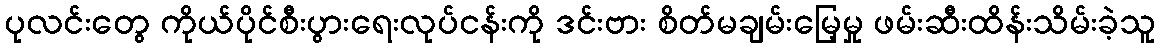
ပုလင်းတွေ ကိုယ်ပိုင်စီးပွားရေးလုပ်ငန်းကို ဒင်းဗား စိတ်မချမ်းမြေ့မှု ဖမ်းဆီးထိန်းသိမ်းခဲ့သူ